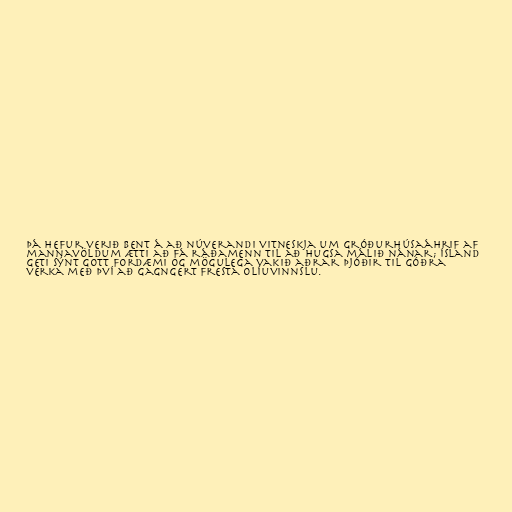
Þá hefur verið bent á að núverandi vitneskja um gróðurhúsaáhrif af
mannavöldum ætti að fá ráðamenn til að hugsa málið nánar; Ísland
geti sýnt gott fordæmi og mögulega vakið aðrar þjóðir til góðra
verka með því að gagngert fresta olíuvinnslu.